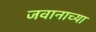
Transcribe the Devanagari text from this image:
जवानाच्या